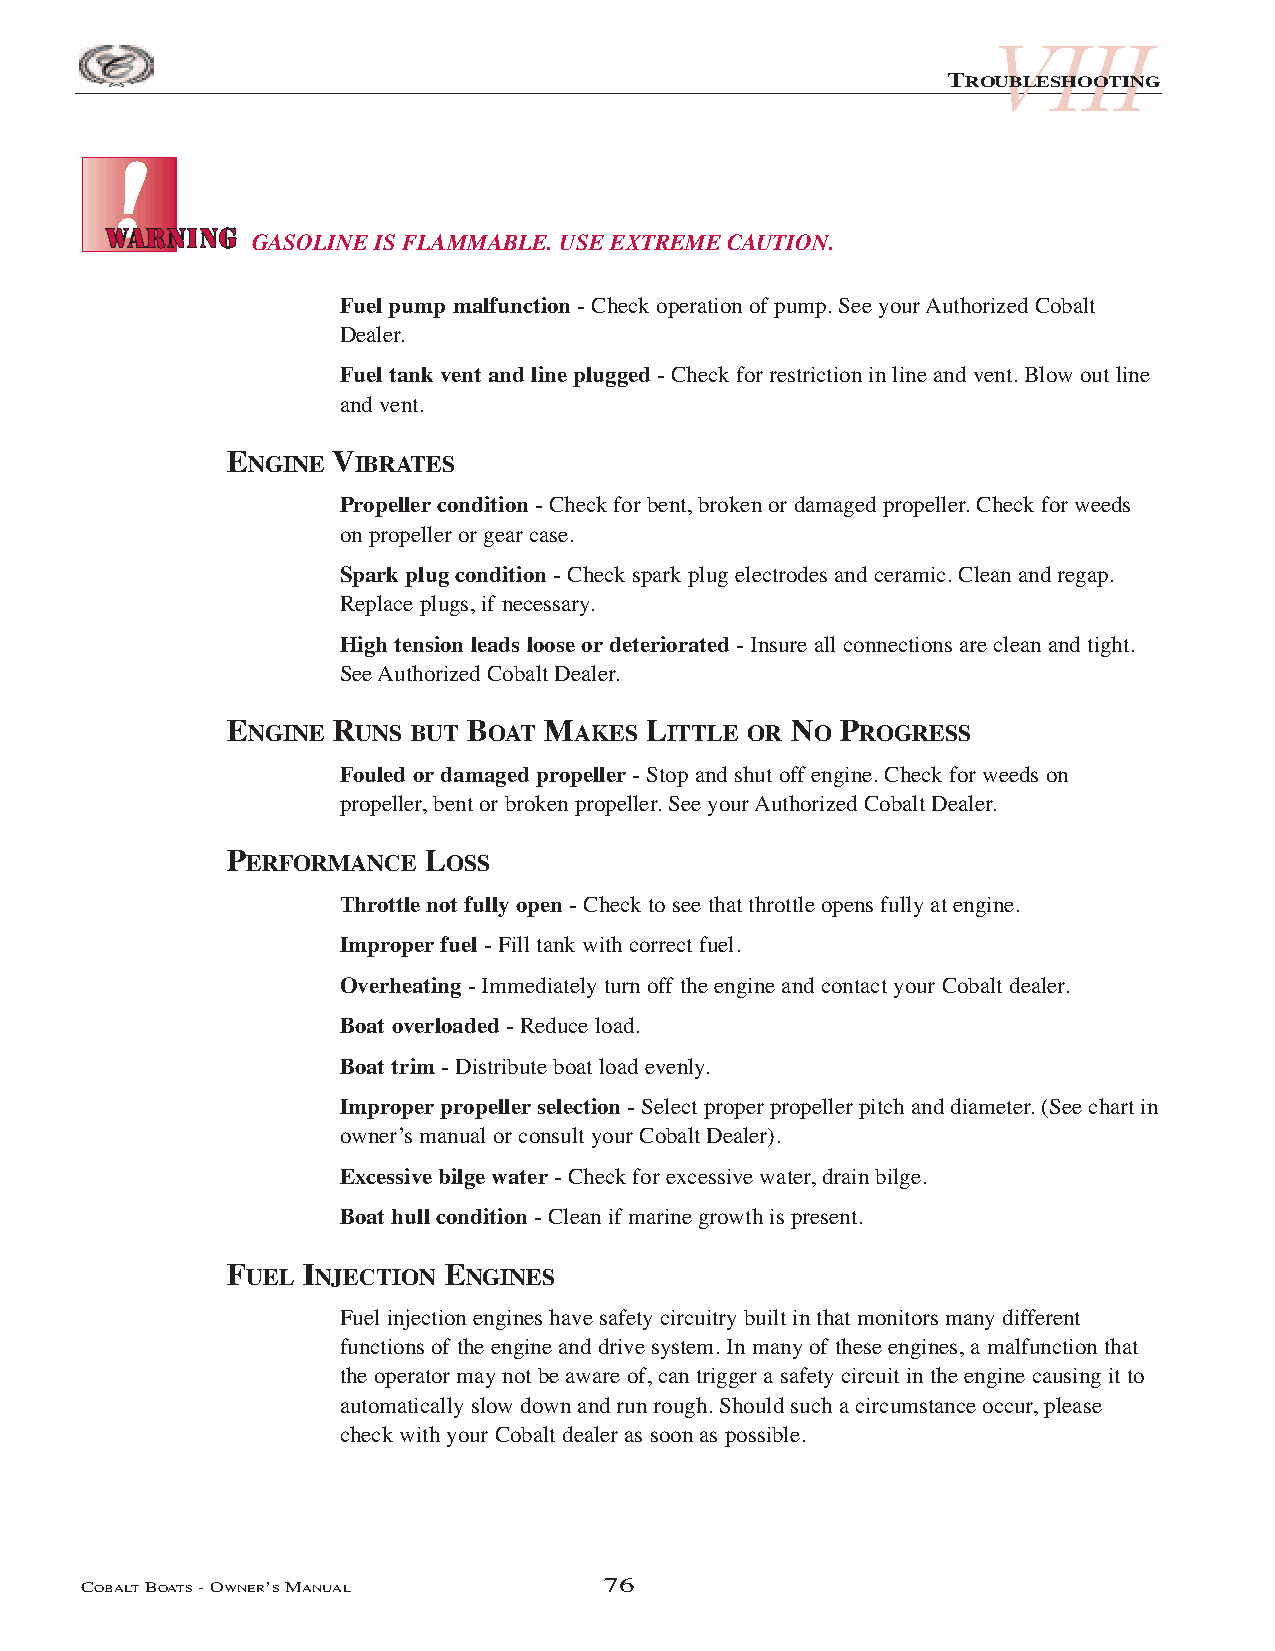
VIII
 TROUBLESHOOTING
 GASOLINE IS FLAMMABLE. USE EXTREME CAUTION.
 Fuel pump malfunction - Check operation of pump. See your Authorized Cobalt
 Dealer.
 Fuel tank vent and line plugged - Check for restriction in line and vent. Blow out line
 and vent.
 ENGINE VIBRATES
 Propeller condition - Check for bent, broken or damaged propeller. Check for weeds
 on propeller or gear case.
 Spark plug condition - Check spark plug electrodes and ceramic. Clean and regap.
 Replace plugs, if necessary.
 High tension leads loose or deteriorated - Insure all connections are clean and tight.
 See Authorized Cobalt Dealer.
 ENGINE RUNS BUT BOAT MAKES  LITTLE OR NO PROGRESS
 Fouled or damaged propeller - Stop and shut off engine. Check for weeds on
 propeller, bent or broken propeller. See your Authorized Cobalt Dealer.
 PERFORMANCE  LOSS
 Throttle not fully open - Check to see that throttle opens fully at engine.
 Improper fuel - Fill tank with correct fuel.
 Overheating - Immediately turn off the engine and contact your Cobalt dealer.
 Boat overloaded - Reduce load.
 Boat trim - Distribute boat load evenly.
 Improper propeller selection - Select proper propeller pitch and diameter. (See chart in
 owner’s manual or consult your Cobalt Dealer).
 Excessive bilge water - Check for excessive water, drain bilge.
 Boat hull condition - Clean if marine growth is present.
 FUEL INJECTION ENGINES
 Fuel injection engines have safety circuitry built in that monitors many different
 functions of the engine and drive system. In many of these engines, a malfunction that
 the operator may not be aware of, can trigger a safety circuit in the engine causing it to
 automatically slow down and run rough. Should such a circumstance occur, please
 check with your Cobalt dealer as soon as possible.
 COBALTBOATS- OWNER’SMANUAL         76